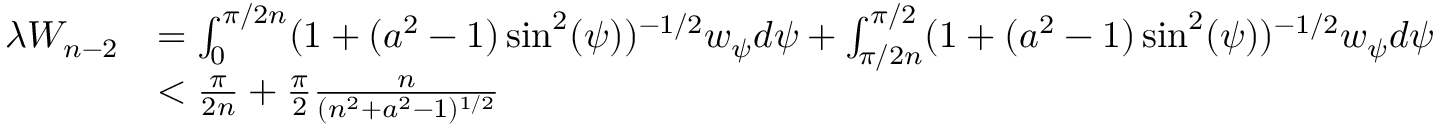
\begin{array} { r l } { \lambda W _ { n - 2 } } & { = \int _ { 0 } ^ { \pi / 2 n } ( 1 + ( a ^ { 2 } - 1 ) \sin ^ { 2 } ( \psi ) ) ^ { - 1 / 2 } w _ { \psi } d \psi + \int _ { \pi / 2 n } ^ { \pi / 2 } ( 1 + ( a ^ { 2 } - 1 ) \sin ^ { 2 } ( \psi ) ) ^ { - 1 / 2 } w _ { \psi } d \psi } \\ & { < \frac { \pi } { 2 n } + \frac { \pi } { 2 } \frac { n } { ( n ^ { 2 } + a ^ { 2 } - 1 ) ^ { 1 / 2 } } } \end{array}